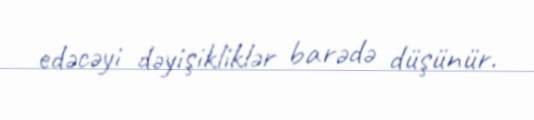
edəcəyi dəyişikliklər barədə düşünür.